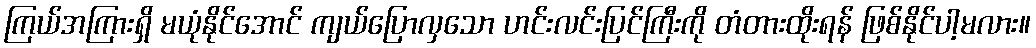
ကြယ်အကြားရှိ မယုံနိုင်အောင် ကျယ်ပြောလှသော ဟင်းလင်းပြင်ကြီးကို တံတားထိုးရန် ဖြစ်နိုင်ပါ့မလား။